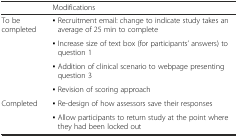
<table><thead><tr><td></td><td><b>Modifications</b></td></tr></thead><tbody><tr><td rowspan="4">To be completed</td><td>▪ Recruitment email: change to indicate study takes an average of 25 min to complete</td></tr><tr><td>▪ Increase size of text box (for participants’ answers) to question 1</td></tr><tr><td>▪ Addition of clinical scenario to webpage presenting question 3</td></tr><tr><td>▪ Revision of scoring approach</td></tr><tr><td rowspan="2">Completed</td><td>▪ Re-design of how assessors save their responses</td></tr><tr><td>▪ Allow participants to return study at the point where they had been locked out</td></tr></tbody></table>